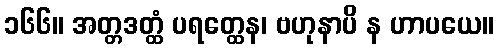
၁၆၆။ အတ္တဒတ္ထံ ပရတ္ထေန၊ ဗဟုနာပိ န ဟာပယေ။